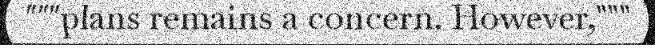
"""plans remains a concern. However,"""